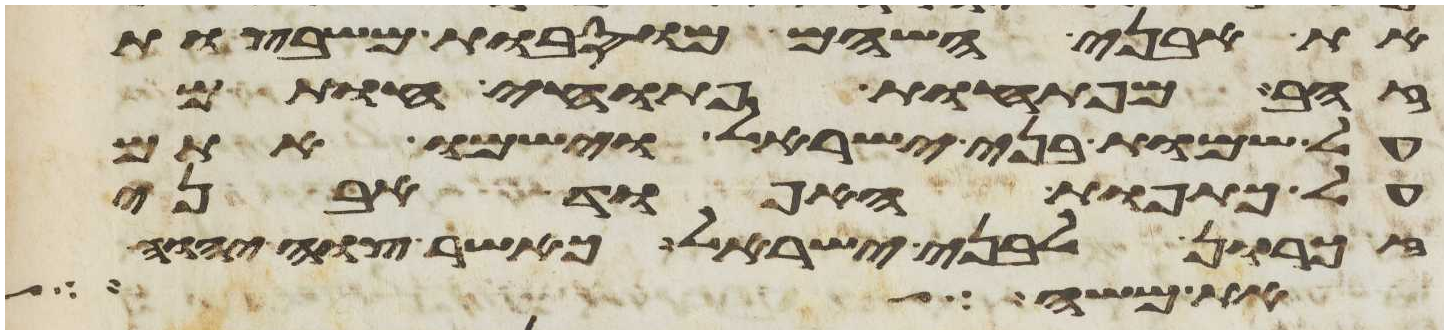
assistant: את אבני השהם מוסבות משבצות
זהב מפתחות פתוחי חותם
על שמות בני ישראל וישמו אתם
על כתפות האפוד אבני
זכרון לבני ישראל כאשר צוה יהוה
את משה אל